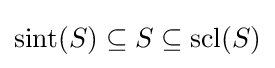
{\textstyle \operatorname {sint} (S)\subseteq S\subseteq \operatorname {scl} (S)}